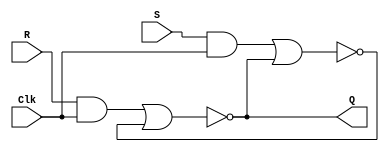
//A gated RS latch
module hou(Clk,R,S,Q);
input Clk,R,S;
output Q;

wire R_g,S_g,Qa,Qb/*synthesis keep*/;

assign R_g=R&Clk;
assign S_g=S&Clk;
assign Qa=~(R_g|Qb);
assign Qb=~(S_g|Qa);
assign Q=Qa;
endmodule